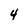
Character: 4